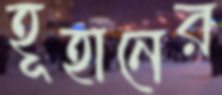
হূহানের